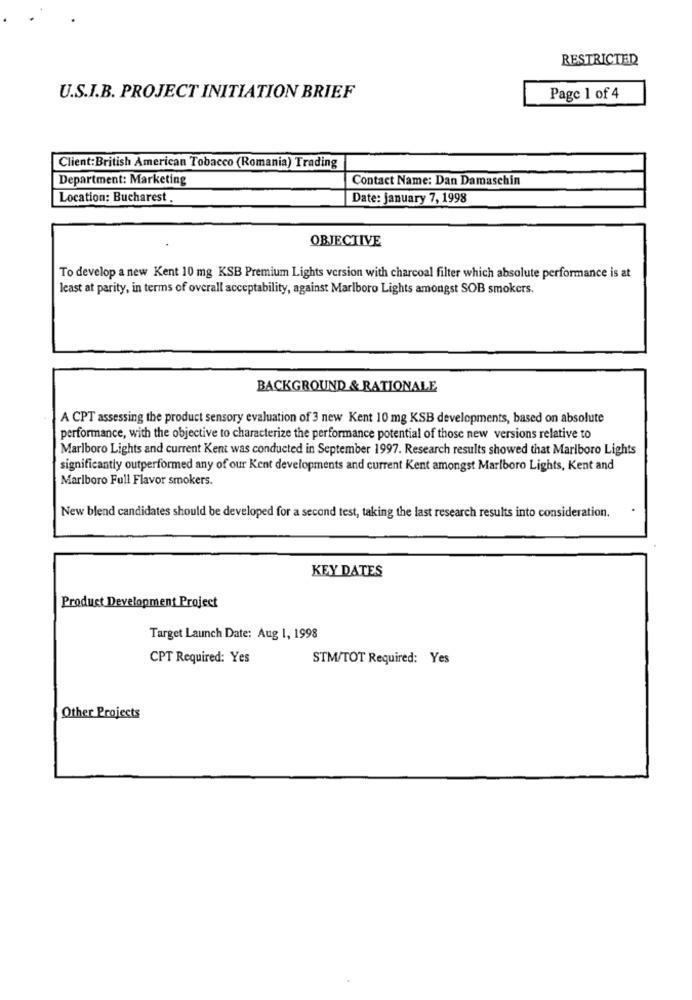
RESTRICTED
U.S.I.B. PROJECT INITIATION BRIEF
Page 1 of 4
Client:British American Tobacco (Romania) Trading
Department: Marketing
Contact Name: Dan Damaschin
Location: Bucharest .
Date: january 7, 1998
OBJECTIVE
To develop a new Kent 10 mg KSB Premium Lights version with charcoal filter which absolute performance is at
least at parity, in terms of overall acceptability, against Marlboro Lights amongst SOB smokers.
BACKGROUND & RATIONALE
A CPT assessing the product sensory evaluation of 3 new Kent 10 mg KSB developments, based on absolute
performance, with the objective to characterize the performance potential of those new versions relative to
Marlboro Lights and current Kent was conducted in September 1997. Research results showed that Marlboro Lights
significantly outperformed any of our Kent developments and current Kent amongst Marlboro Lights, Kent and
Marlboro Full Flavor smokers.
New blend candidates should be developed for a second test, taking the last research results into consideration.
KEY DATES
Product Development Project
Target Launch Date: Aug 1, 1998
CPT Required: Yes
STM/TOT Required: Yes
Other Projects